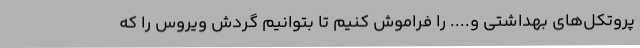
پروتکل‌های بهداشتی و.... را فراموش کنیم تا بتوانیم گردش ویروس را که